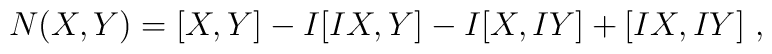
N(X,Y)=[X,Y]-I[IX,Y]-I[X,IY]+[IX,IY]~,